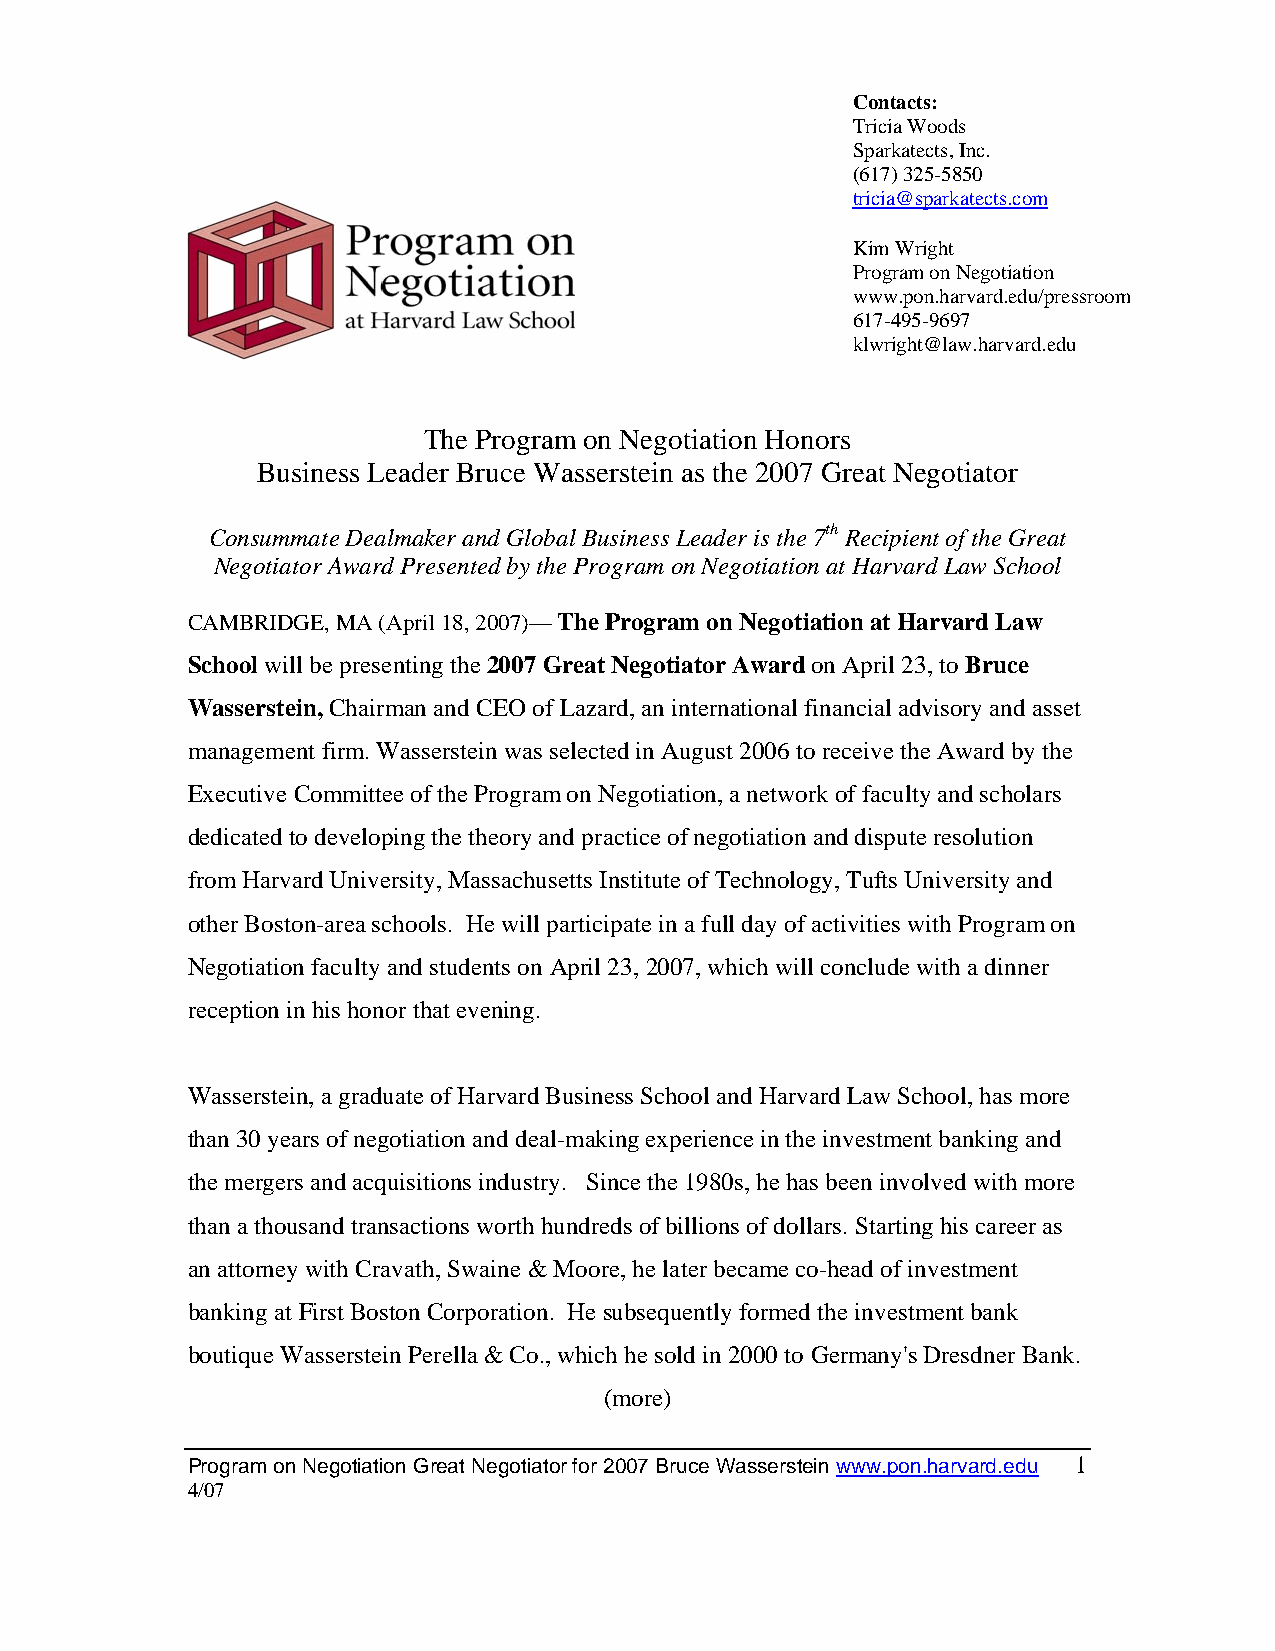
Contacts:
 Tricia Woods
 Sparkatects, Inc.
 (617) 325-5850
 tricia@sparkatects.com
 Kim Wright
 Program on Negotiation
 www.pon.harvard.edu/pressroom
 617-495-9697
 klwright@law.harvard.edu
 The Program on Negotiation Honors
 Business Leader Bruce Wasserstein as the 2007 Great Negotiator
 Consummate Dealmaker and Global Business Leader is the 7th Recipient of the Great
 Negotiator Award Presented by the Program on Negotiation at Harvard Law School
 CAMBRIDGE, MA (April 18, 2007)— The Program on Negotiation at Harvard Law
 School will be presenting the 2007 Great Negotiator Award on April 23, to Bruce
 Wasserstein, Chairman and CEO of Lazard, an international financial advisory and asset
 management firm. Wasserstein was selected in August 2006 to receive the Award by the
 Executive Committee of the Program on Negotiation, a network of faculty and scholars
 dedicated to developing the theory and practice of negotiation and dispute resolution
 from Harvard University, Massachusetts Institute of Technology, Tufts University and
 other Boston-area schools. He will participate in a full day of activities with Program on
 Negotiation faculty and students on April 23, 2007, which will conclude with a dinner
 reception in his honor that evening.
 Wasserstein, a graduate of Harvard Business School and Harvard Law School, has more
 than 30 years of negotiation and deal-making experience in the investment banking and
 the mergers and acquisitions industry. Since the 1980s, he has been involved with more
 than a thousand transactions worth hundreds of billions of dollars. Starting his career as
 an attorney with Cravath, Swaine & Moore, he later became co-head of investment
 banking at First Boston Corporation. He subsequently formed the investment bank
 boutique Wasserstein Perella & Co., which he sold in 2000 to Germany's Dresdner Bank.
 (more)
 Program on Negotiation Great Negotiator for 2007 Bruce Wasserstein www.pon.harvard.edu 1
 4/07